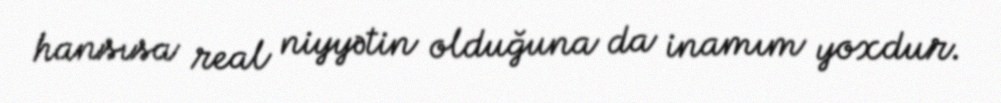
hansısa real niyyətin olduğuna da inamım yoxdur.